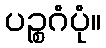
ပဉ္စဂံပုံ။